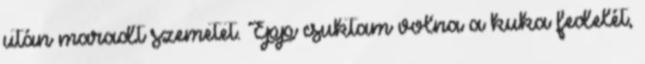
után maradt szemetet. Épp csuktam volna a kuka fedelét,